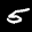
Label: 5